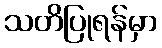
သတိပြုရန်မှာ